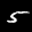
Label: 5